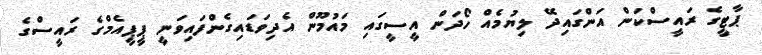
ޕާޓީގެ ރައީސްކަން އަންގައިދޭ ލިޔުމެއް ހޯދަން އީސީގައި މައުމޫން އެދިވަޑައިގެންފައިވަނީ ޕީޕީއެމްގެ ރައީސްގެ